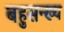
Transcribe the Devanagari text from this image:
बहुसन्ख्य